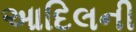
આદિલની